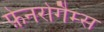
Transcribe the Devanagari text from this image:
फ़ेनरोगैम्स